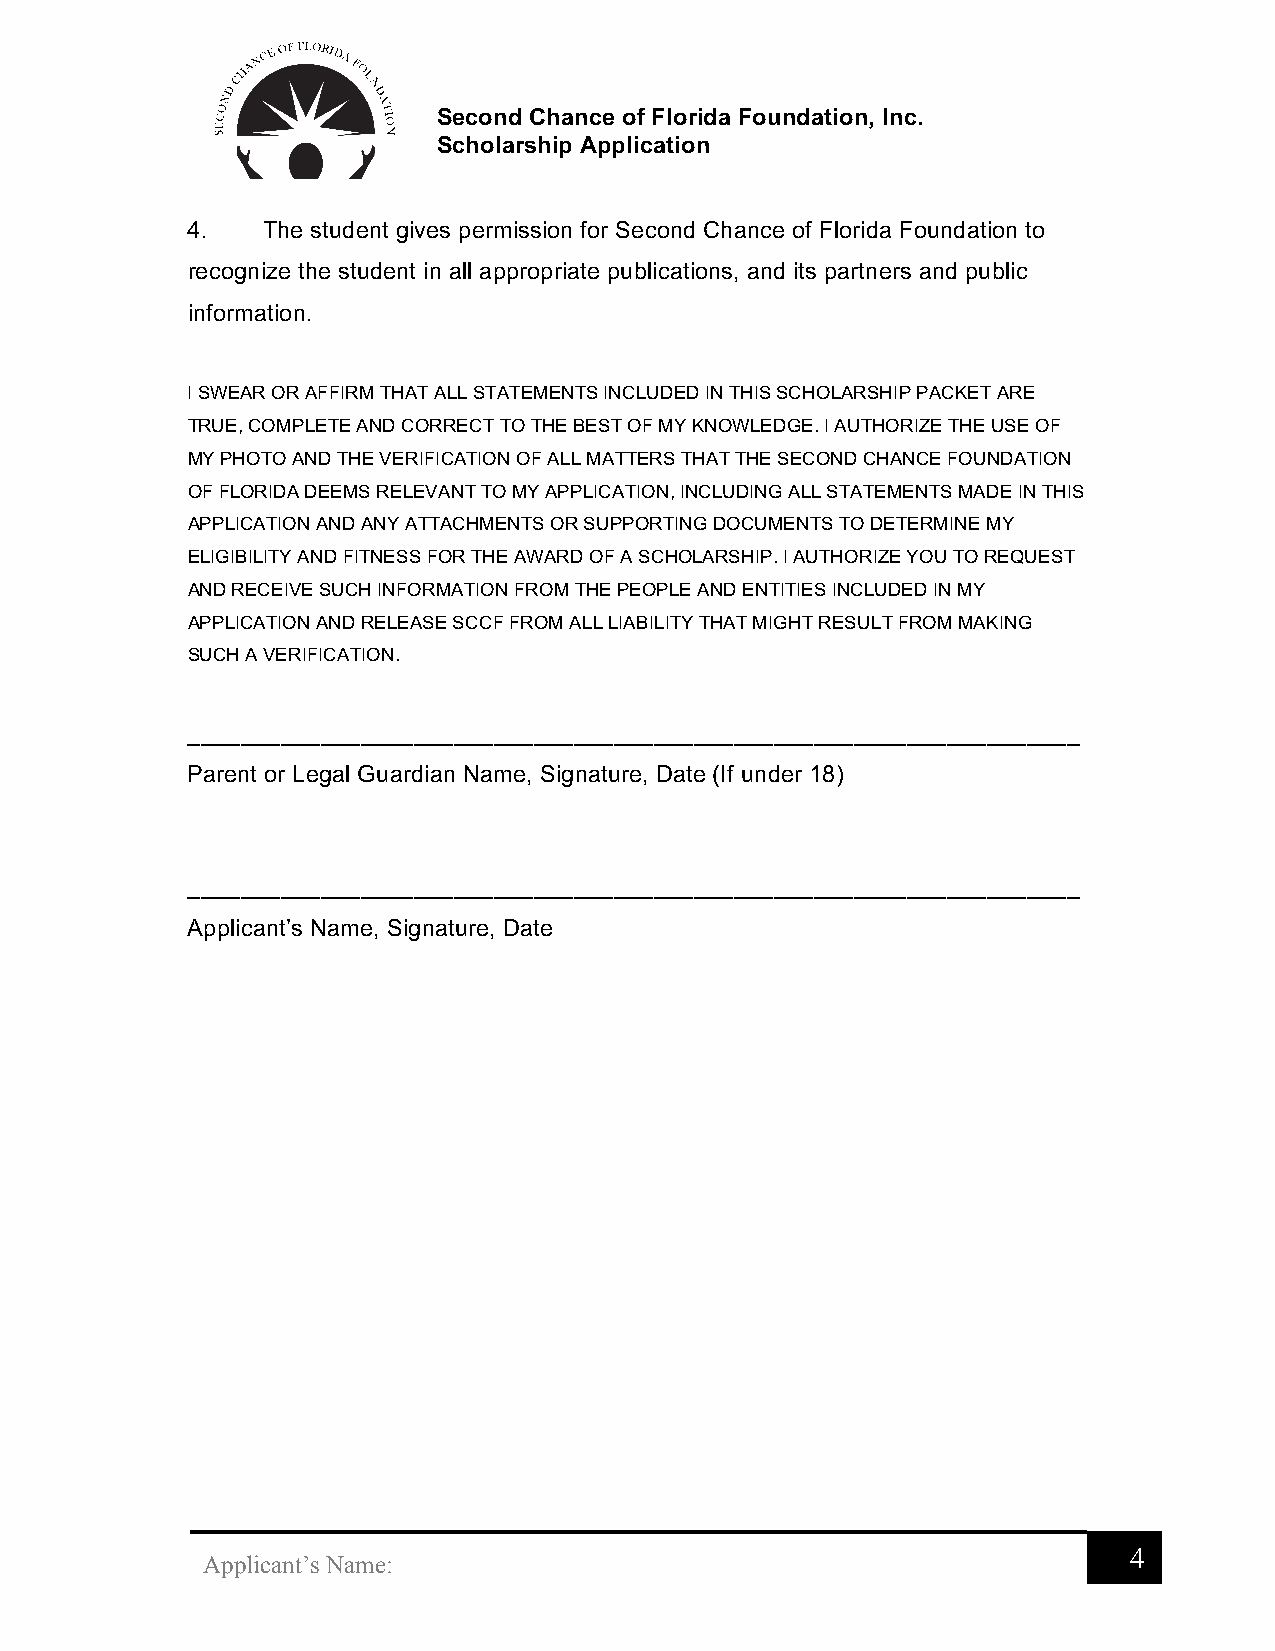
Second Chance of Florida Foundation, Inc.
 Scholarship Application
 4.   The student gives permission for Second Chance of Florida Foundation to
 recognize the student in all appropriate publications, and its partners and public
 information.
 I SWEAR OR AFFIRM THAT ALL STATEMENTS INCLUDED IN THIS SCHOLARSHIP PACKET ARE
 TRUE, COMPLETE AND CORRECT TO THE BEST OF MY KNOWLEDGE. I AUTHORIZE THE USE OF
 MY PHOTO AND THE VERIFICATION OF ALL MATTERS THAT THE SECOND CHANCE FOUNDATION
 OF FLORIDA DEEMS RELEVANT TO MY APPLICATION, INCLUDING ALL STATEMENTS MADE IN THIS
 APPLICATION AND ANY ATTACHMENTS OR SUPPORTING DOCUMENTS TO DETERMINE MY
 ELIGIBILITY AND FITNESS FOR THE AWARD OF A SCHOLARSHIP. I AUTHORIZE YOU TO REQUEST
 AND RECEIVE SUCH INFORMATION FROM THE PEOPLE AND ENTITIES INCLUDED IN MY
 APPLICATION AND RELEASE SCCF FROM ALL LIABILITY THAT MIGHT RESULT FROM MAKING
 SUCH A VERIFICATION.
 ___________________________________________________________________
 Parent or Legal Guardian Name, Signature, Date (If under 18)
 ___________________________________________________________________
 Applicant’s Name, Signature, Date
 4
 Applicant’s Name: